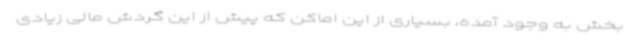
بخش به‌ وجود آمده، بسیاری از این اماکن که پیش از این گردش مالی زیادی